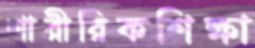
শারীরিকশিক্ষা